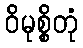
ဝိမုစ္စိတုံ